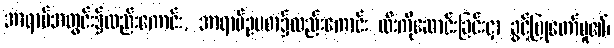
အာရာမ်အတွင်း၌လည်းကောင်း, အာရာမ်ဥပစာ၌လည်းကောင်း ထီးကိုဆောင်းခြင်းငှာ ခွင့်ပြုတော်မူ၏၊